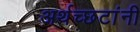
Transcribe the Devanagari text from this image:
अर्थच्‍छटांनी